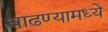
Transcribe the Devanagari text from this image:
वाढण्यामध्ये